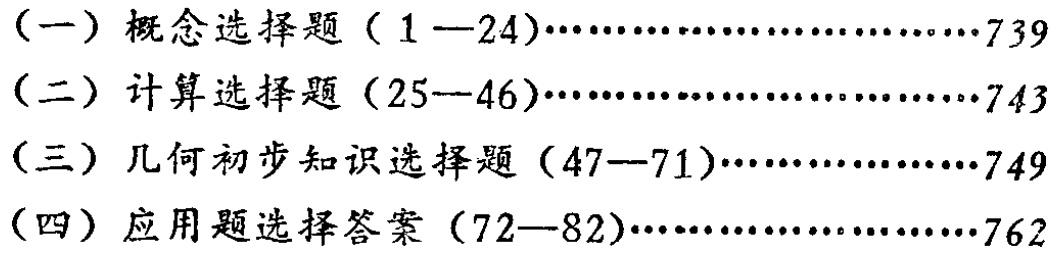
\begin{enumerate}[(一)]

\item 概念选择题（1—24）\cdots\cdots\cdots\cdots\cdots\cdots\cdots\cdots\cdots739

\item 计算选择题（25—46）\cdots\cdots\cdots\cdots\cdots\cdots\cdots\cdots\cdots743

\item 几何初步知识选择题（47—71）\cdots\cdots\cdots\cdots\cdots\cdots\cdots749

\item 应用题选择答案（72—82）\cdots\cdots\cdots\cdots\cdots\cdots\cdots\cdots762

\end{enumerate}